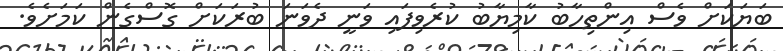
ބަޔަކަށް ވެސް އިންތިހާބު ކާމިޔާބު ކުރެވިފައި ވަނީ ދެވަނަ ބުރަކަށް ގޮސްގެން ކަމަށެވެ.